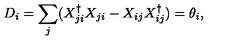
D _ { i } = \sum _ { j } ( X _ { j i } ^ { \dagger } X _ { j i } - X _ { i j } X _ { i j } ^ { \dagger } ) = \theta _ { i } ,